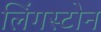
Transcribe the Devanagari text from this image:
लिंगस्टोन